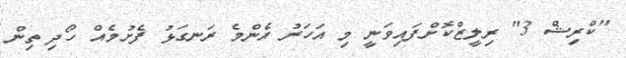
"ކްރިޝް 3" ރިލީޒްކޮށްފައިވަނީ މި އަހަރު އެންމެ ރަނގަޅު ފެށުމެއް ހޯދި ތިން